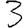
Digit: 3